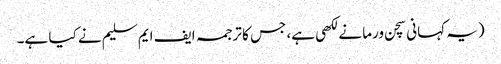
(یہ کہانی سچن ورما نے لکھی ہے، جس کا ترجمہ ایف ایم سلیم نے کیا ہے۔